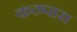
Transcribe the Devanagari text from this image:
कठपारा